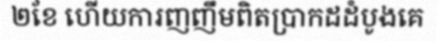
២ខែ ហើយការញញឹមពិតប្រាកដដំបូងគេ